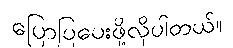
ပြောပြပေးဖို့လိုပါတယ်။